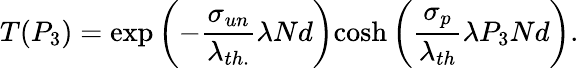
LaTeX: T(P_{3})=\mathrm{exp}\left(-{\frac{\sigma_{un}}{\lambda_{th.}}}\lambda Nd\right)\mathrm{cosh}\left({\frac{\sigma_{p}}{\lambda_{th}}}\lambda P_{3}Nd\right).